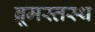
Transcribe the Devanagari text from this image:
ब्रूमस्तस्थ